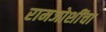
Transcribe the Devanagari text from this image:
रामजोशींचा